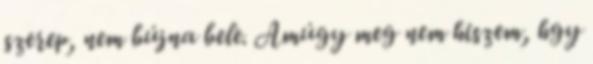
szerep, nem bújna bele. Amúgy meg nem hiszem, hgy